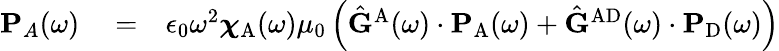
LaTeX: \begin{array}{rlr}{\mathbf{P}_{A}(\omega)}&{{}=}&{\epsilon_{0}\omega^{2}{\boldsymbol{\chi}}_{\mathrm{A}}(\omega)\mu_{0}\left(\hat{\mathbf{G}}^{\mathrm{A}}(\omega)\cdot\mathbf{P}_{\mathrm{A}}(\omega)+\hat{\mathbf{G}}^{\mathrm{AD}}(\omega)\cdot\mathbf{P}_{\mathrm{D}}(\omega)\right)}\end{array}